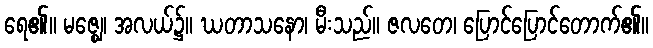
ရေ၏။ မဇ္ဈေ၊ အလယ်၌။ ဃတာသနော၊ မီးသည်။ ဇလတေ၊ ပြောင်ပြောင်တောက်၏။